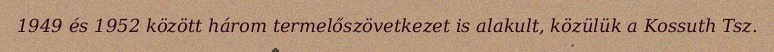
1949 és 1952 között három termelőszövetkezet is alakult, közülük a Kossuth Tsz.